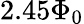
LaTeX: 2.45\Phi_{0}